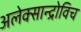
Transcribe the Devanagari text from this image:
अलेक्सान्द्रोविच